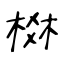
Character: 棥